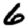
Digit: 6